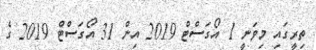
ތިރީގައި މިވަނީ 1 އޯގަސްޓް 2019 އިން 31 އޯގަސްޓް 2019 ގެ